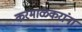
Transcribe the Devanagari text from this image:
करमाळकरांना